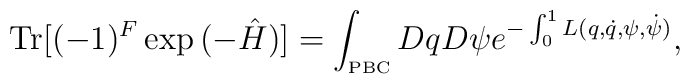
\mbox {Tr} [(-1)^F \exp{(-\hat{H})}] = \int_{\mbox{\tiny{PBC}}} Dq D\psi e^{-\int_0^1 L( q,\dot{q},\psi,\dot{\psi} )},